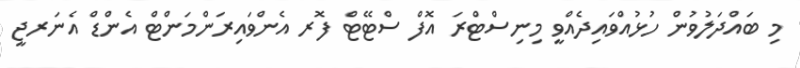
މި ބައްދަލުވުން ހުޅުއްވައިދެއްވީ މިނިސްޓްރަ އޮފް ސްޓޭޓް ފޮރ އެންވައިރަންމަންޓް އެންޑް އެނަރޖީ